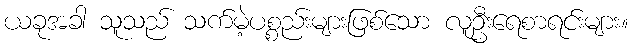
ယခုအခါ သူသည် သက်မဲ့ပစ္စည်းများဖြစ်သော လူဦးရေစာရင်းများ။